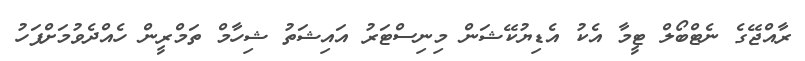
ރާއްޖޭގެ ނެޓްބޯލް ޓީމާ އެކު އެޑިޔުކޭޝަން މިނިސްޓަރު އައިޝަތު ޝިހާމް ތަމްރީން ހެއްދެވުމަށްފަހު